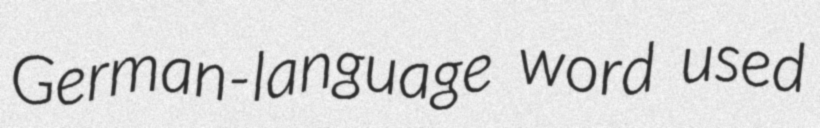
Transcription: German-language word used